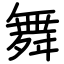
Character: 舞